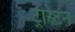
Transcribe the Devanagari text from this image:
ट्रीस्टन